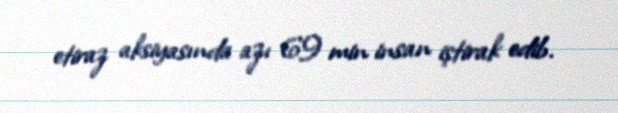
etiraz aksiyasında azı 69 min insan iştirak edib.